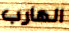
الهارب